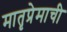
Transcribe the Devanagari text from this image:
मातृप्रेमाची